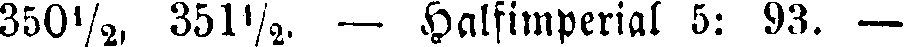
350½, 351½. — Halfimperial 5: 93. —